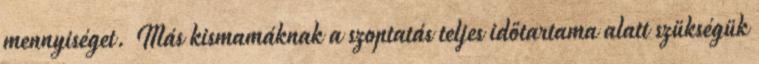
mennyiséget. Más kismamáknak a szoptatás teljes időtartama alatt szükségük